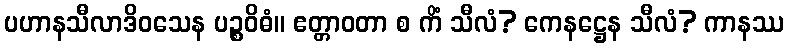
ပဟာနသီလာဒိဝသေန ပဉ္စဝိဓံ။ ဧတ္တာဝတာ စ ကိံ သီလံ? ကေနဋ္ဌေန သီလံ? ကာနဿ